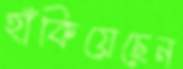
হাঁকিয়েছেন